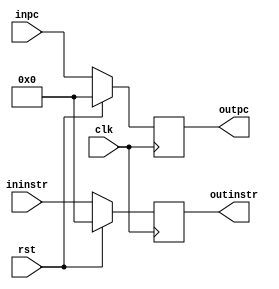
module IF_ID(clk, rst,inpc ,ininstr, outpc, outinstr);
	input clk, rst;
	input [31:0] inpc, ininstr ;
	output [31:0] outpc, outinstr ;
	reg [31:0] outpc, outinstr ;

	
	always @( posedge clk ) begin
		if (rst) begin
			outpc <= 32'b0;
			outinstr <= 32'b0;
		end
		else begin
			outpc <= inpc ;
			outinstr <= ininstr ;
		end
	end
		
endmodule